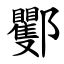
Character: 䣤